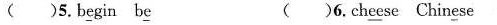
( )5.b\underline{e}gin b\underline{e} ( )6.ch\underline{ee}se Chin\underline{e}se